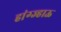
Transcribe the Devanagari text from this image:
हांग्ज्हाऊ